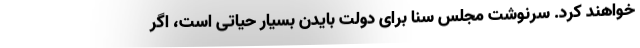
خواهند کرد. سرنوشت مجلس سنا برای دولت بایدن بسیار حیاتی است، اگر